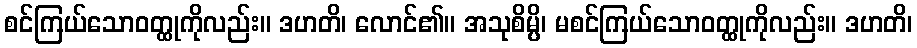
စင်ကြယ်သောဝတ္ထုကိုလည်း။ ဒဟတိ၊ လောင်၏။ အသုစိမ္ပိ၊ မစင်ကြယ်သောဝတ္ထုကိုလည်း။ ဒဟတိ၊